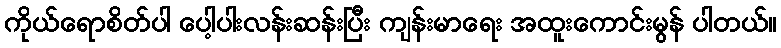
ကိုယ်ရောစိတ်ပါ ပေါ့ပါးလန်းဆန်းပြီး ကျန်းမာရေး အထူးကောင်းမွန် ပါတယ်။